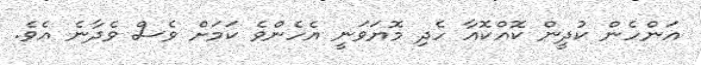
އަންހެން ކުދީން ކޮއްކޮއާ ހެދި މޮޔަވަނީ އެހެންވެ ކަމަށް ވެސް ވެދާނެ އެވެ.